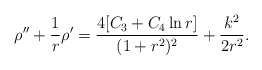
\begin{align*}\rho''+\frac{1}{r}\rho'=\frac{4[C_3+C_4\ln r ]}{(1+r^2)^{2}} +\frac{k^2}{2r^2}.\end{align*}